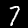
Digit: 7